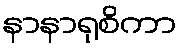
နာနာရုစိကာ